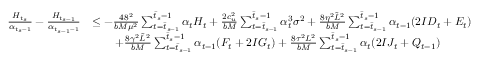
\begin{array} { r l } { \frac { H _ { \bar { t } _ { s } } } { \alpha _ { \bar { t } _ { s } - 1 } } - \frac { H _ { \bar { t } _ { s - 1 } } } { \alpha _ { \bar { t } _ { s - 1 } - 1 } } } & { \leq - \frac { 4 8 ^ { 2 } } { b M \mu ^ { 2 } } \sum _ { t = \bar { t } _ { s - 1 } } ^ { \bar { t } _ { s } - 1 } \alpha _ { t } H _ { t } + \frac { 2 c _ { u } ^ { 2 } } { b M } \sum _ { t = \bar { t } _ { s - 1 } } ^ { \bar { t } _ { s } - 1 } \alpha _ { t } ^ { 3 } \sigma ^ { 2 } + \frac { 8 \eta ^ { 2 } \tilde { L } ^ { 2 } } { b M } \sum _ { t = \bar { t } _ { s - 1 } } ^ { \bar { t } _ { s } - 1 } \alpha _ { t - 1 } ( 2 I D _ { t } + E _ { t } ) } \\ & { \qquad + \frac { 8 \gamma ^ { 2 } \tilde { L } ^ { 2 } } { b M } \sum _ { t = \bar { t } _ { s - 1 } } ^ { \bar { t } _ { s } - 1 } \alpha _ { t - 1 } ( F _ { t } + 2 I G _ { t } ) + \frac { 8 \tau ^ { 2 } L ^ { 2 } } { b M } \sum _ { t = \bar { t } _ { s - 1 } } ^ { \bar { t } _ { s } - 1 } \alpha _ { t } ( 2 I J _ { t } + Q _ { t - 1 } ) } \end{array}